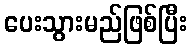
ပေးသွားမည်ဖြစ်ပြီး